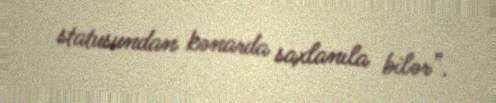
statusundan kənarda saxlanıla bilər”.